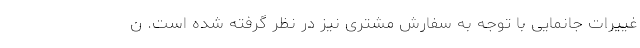
غییرات جانمایی با توجه به سفارش مشتری نیز در نظر گرفته شده است. ن